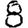
Digit: 8